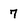
Character: 7